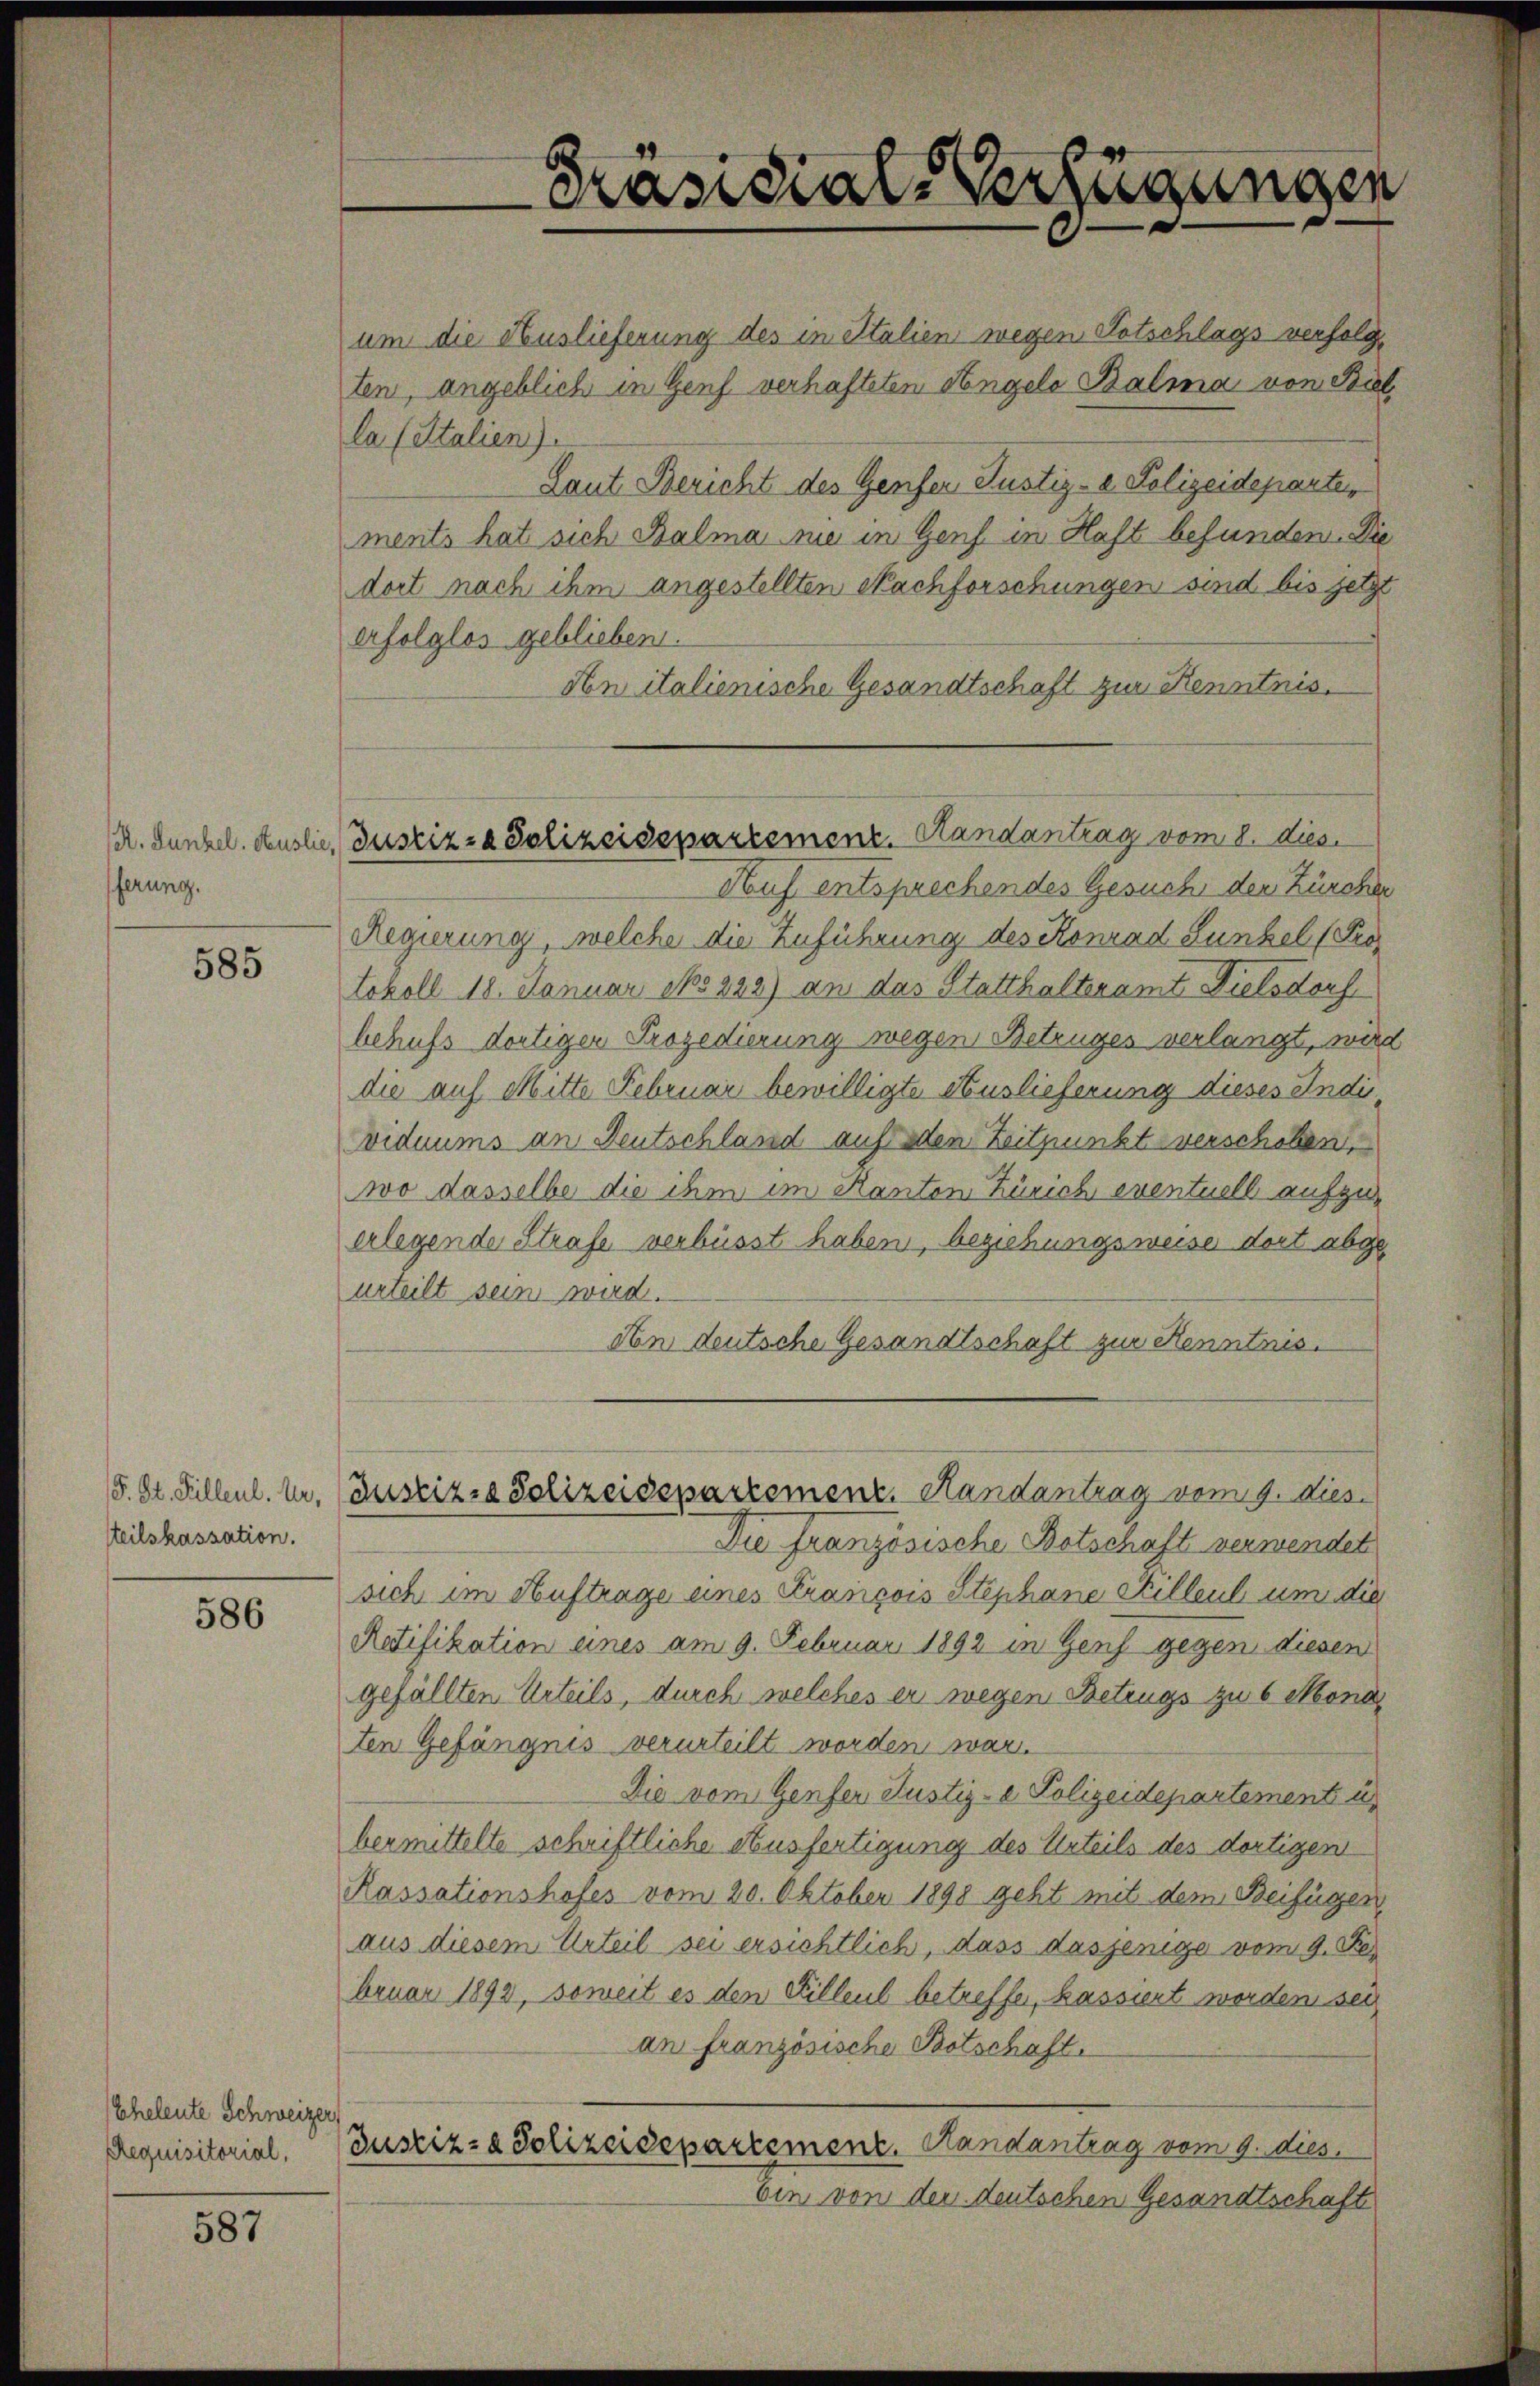
R. Junkel. Heuslie
ferung.

585

F. St. Filleul. Ur,
tteilskassation.

586

Eheleute Schweizer
Requisitorial,

587

Justiz- & Polizeidepartement. Handantrag vom 8. dies

um die Auslieferung des in Italien wegen Totschlags verfolgten, angeblich in Genf verhafteten Angele Balma von Biel
la (Stalien).
Laut Bericht des Genfer Justiz- & Polizeideparte,
ments hat sich Balma nie in Genf in Haft befunden. Die
dort nach ihm angestellten Nachforschungen sind bis jetzt
erfolglos geblieben.
An italienische Gesandtschaft zur Kenntnis,
Auf entsprechendes Gesuchs der Zürcher
Regierung, welche die Zuführung des Konrad Lunkel (Protokoll 18. Januar 185229) an das Statthalteramt Dielsdorf
behufs dortiger Prozedierung wegen Betruges verlangt, wird
die auf Mitte Februar bewilligte Auslieferung dieses Indis
viduums an Deutschland auf den Zeitpunkt verschoben,
wo dasselbe die ihm im Kanton Zürich eventuell aufgeerlegende Strafe verbüsst haben, beziehungsweise dort abgeurteilt sein wird.
An deutsche Gesandtschaft zur Kenntnis.
Justiz- & Polizeidepartement. Handantrag vom 9. dies
Die französische Botschaft verwendet
sich im Auftrage eines Prasicois Stephane Stilleul um die
Ratifikation eines am 9. Februar 1892 in Genf gegen diesen
gefällten Urteils, durch welches er wegen Betrugs zu 6 Mona
ten Gefängnis verurteilt worden war.
Die vom Genfer Justiz-e Polizeidepartement u.
bermittelte schriftliche Ausfertigung des Urteils des dortigen
Rassationshofes vom 20. Oktober 1890 geht mit dem Beifügen
aus diesem Urteil sei ersichtlich, dass dasjenige vom 9. Fe
bruar 1893, soweit es den Filleul betreffe, kassiert worden sei
an französische Botschaft.
Justiz- & Polizeidepartemenz. Handantrag vom 9. dies
Ein von der deutschen Gesandtschaft

Präsidial-Verfügungen